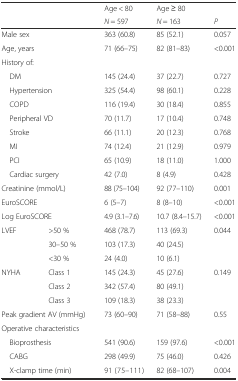
<table><thead><tr><td></td><td></td><td><b>Age &lt; 80</b></td><td><b>Age ≥ 80</b></td><td></td></tr><tr><td></td><td></td><td><b><i>N</i> = 597</b></td><td><b><i>N</i> = 163</b></td><td><b><i>P</i></b></td></tr></thead><tbody><tr><td colspan="2">Male sex</td><td>363 (60.8)</td><td>85 (52.1)</td><td>0.057</td></tr><tr><td colspan="2">Age, years</td><td>71 (66–75)</td><td>82 (81–83)</td><td>&lt;0.001</td></tr><tr><td colspan="2">History of:</td><td></td><td></td><td></td></tr><tr><td colspan="2"> DM</td><td>145 (24.4)</td><td>37 (22.7)</td><td>0.727</td></tr><tr><td colspan="2"> Hypertension</td><td>325 (54.4)</td><td>98 (60.1)</td><td>0.228</td></tr><tr><td colspan="2"> COPD</td><td>116 (19.4)</td><td>30 (18.4)</td><td>0.855</td></tr><tr><td colspan="2"> Peripheral VD</td><td>70 (11.7)</td><td>17 (10.4)</td><td>0.748</td></tr><tr><td colspan="2"> Stroke</td><td>66 (11.1)</td><td>20 (12.3)</td><td>0.768</td></tr><tr><td colspan="2"> MI</td><td>74 (12.4)</td><td>21 (12.9)</td><td>0.979</td></tr><tr><td colspan="2"> PCI</td><td>65 (10.9)</td><td>18 (11.0)</td><td>1.000</td></tr><tr><td colspan="2"> Cardiac surgery</td><td>42 (7.0)</td><td>8 (4.9)</td><td>0.428</td></tr><tr><td colspan="2">Creatinine (mmol/L)</td><td>88 (75–104)</td><td>92 (77–110)</td><td>0.001</td></tr><tr><td colspan="2">EuroSCORE</td><td>6 (5–7)</td><td>8 (8–10)</td><td>&lt;0.001</td></tr><tr><td colspan="2">Log EuroSCORE</td><td>4.9 (3.1–7.6)</td><td>10.7 (8.4–15.7)</td><td>&lt;0.001</td></tr><tr><td>LVEF</td><td>&gt;50 %</td><td>468 (78.7)</td><td>113 (69.3)</td><td>0.044</td></tr><tr><td></td><td>30–50 %</td><td>103 (17.3)</td><td>40 (24.5)</td><td></td></tr><tr><td></td><td>&lt;30 %</td><td>24 (4.0)</td><td>10 (6.1)</td><td></td></tr><tr><td>NYHA</td><td>Class 1</td><td>145 (24.3)</td><td>45 (27.6)</td><td>0.149</td></tr><tr><td></td><td>Class 2</td><td>342 (57.4)</td><td>80 (49.1)</td><td></td></tr><tr><td></td><td>Class 3</td><td>109 (18.3)</td><td>38 (23.3)</td><td></td></tr><tr><td colspan="2">Peak gradient AV (mmHg)</td><td>73 (60–90)</td><td>71 (58–88)</td><td>0.55</td></tr><tr><td colspan="2">Operative characteristics</td><td></td><td></td><td></td></tr><tr><td colspan="2"> Bioprosthesis</td><td>541 (90.6)</td><td>159 (97.6)</td><td>&lt;0.001</td></tr><tr><td colspan="2"> CABG</td><td>298 (49.9)</td><td>75 (46.0)</td><td>0.426</td></tr><tr><td colspan="2"> X-clamp time (min)</td><td>91 (75–111)</td><td>82 (68–107)</td><td>0.004</td></tr></tbody></table>